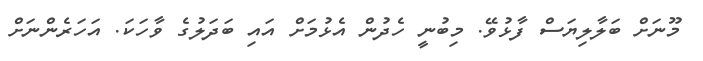
މޫނަށް ބަލާލިޔަސް ފާޅުވޭ. މިބުނީ ހެދުން އެޅުމަށް އައި ބަދަލުގެ ވާހަކަ. އަހަރެންނަށް